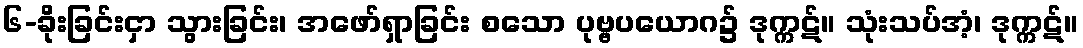
၆-ခိုးခြင်းငှာ သွားခြင်း၊ အဖော်ရှာခြင်း စသော ပုဗ္ဗပယောဂ၌ ဒုက္ကဋ်။ သုံးသပ်အံ့၊ ဒုက္ကဋ်။